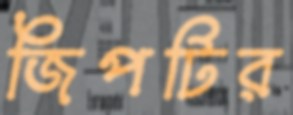
জিপটির